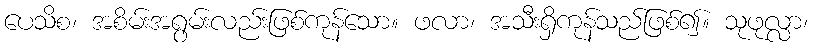
ပေသိစ၊ အစိမ်းအရွမ်းလည်းဖြစ်ကုန်သော။ ဖလာ၊ အသီးရှိကုန်သည်ဖြစ်၍။ သုဖုလ္လာ၊